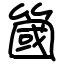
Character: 簂